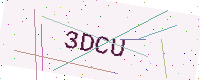
Text: 3DCU